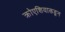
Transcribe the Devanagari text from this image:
क्रोएशियाकडून